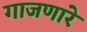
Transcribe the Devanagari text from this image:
गाजणारे